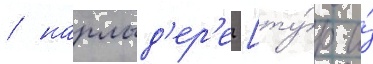
/ нарлыд'ер'е [ту́р. и́